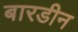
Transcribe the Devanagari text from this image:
बारडीन